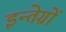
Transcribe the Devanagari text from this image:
इन्तेग्रों